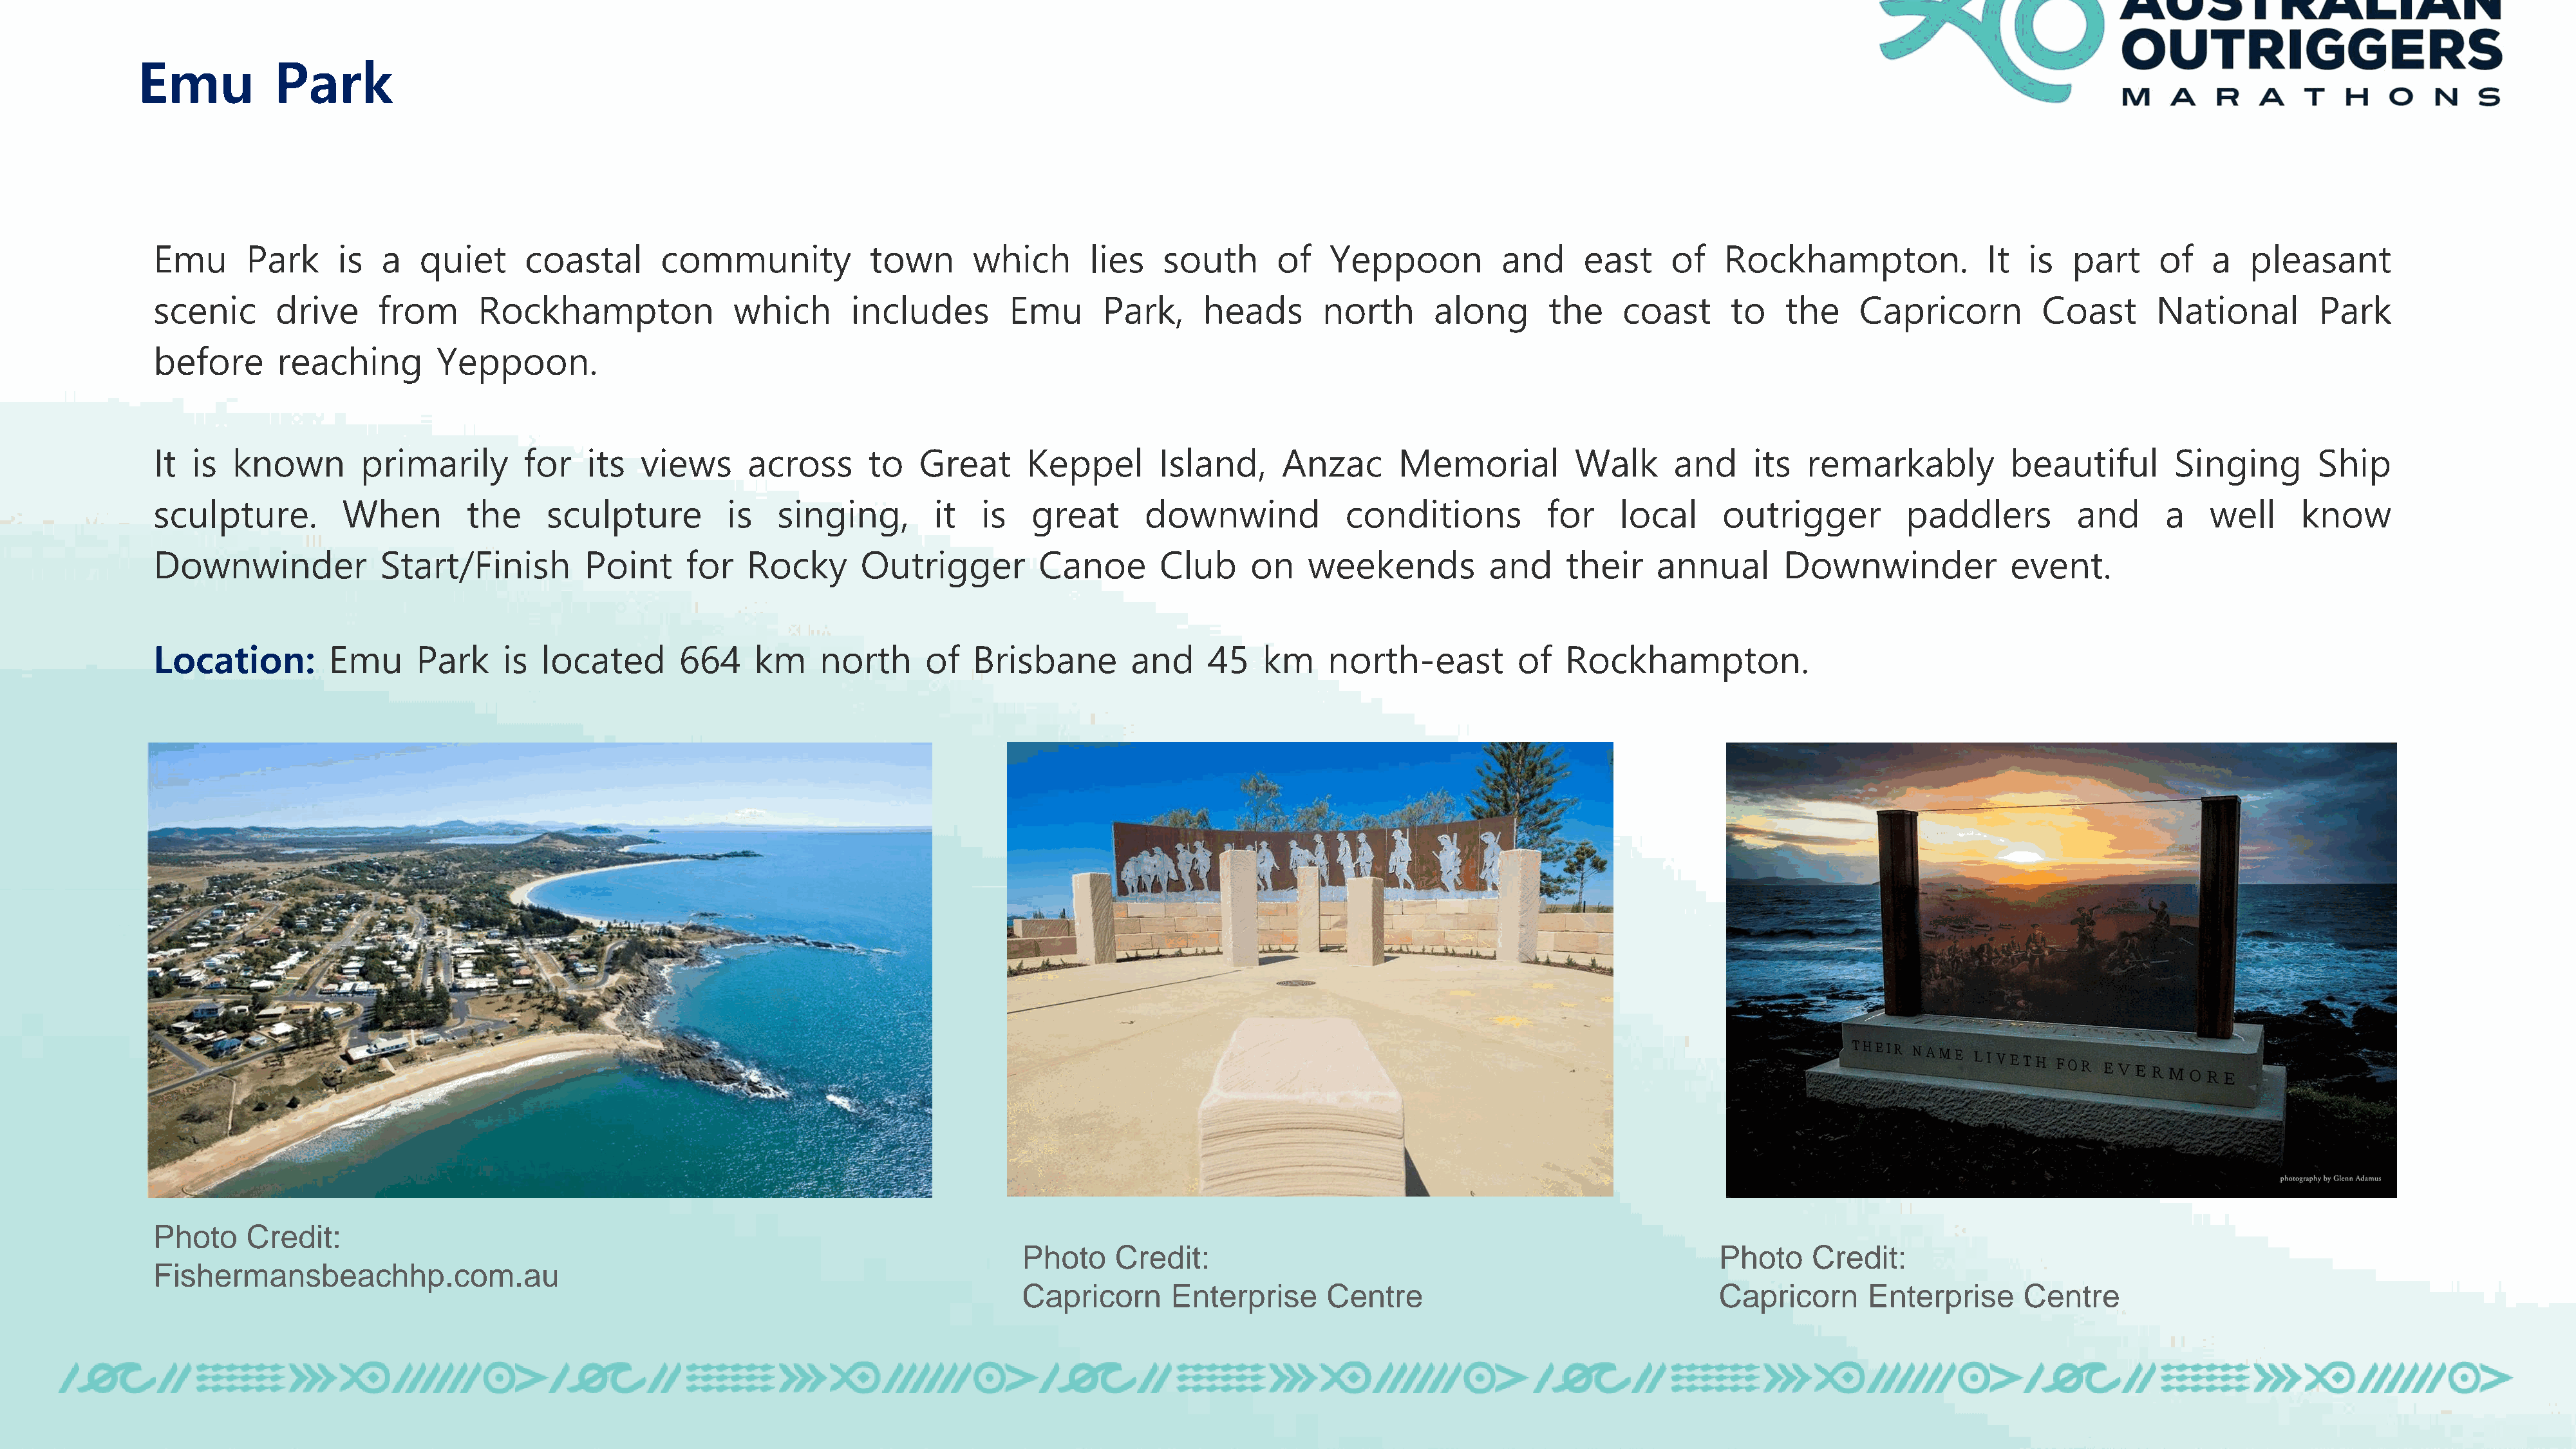
Emu           Park
 Emu      Park      is  a   quiet      coastal       community            town       which       lies    south      of    Yeppoon          and      east     of   Rockhampton.               It  is   part     of   a   pleasant
 scenic      drive      from      Rockhampton               which       includes         Emu      Park,      heads       north      along       the     coast      to    the    Capricorn          Coast       National        Park
 before      reaching         Yeppoon.
 It  is  known        primarily        for   its   views      across      to   Great       Keppel       Island,      Anzac       Memorial          Walk      and     its   remarkably           beautiful        Singing       Ship
 sculpture.         When         the     sculpture          is   singing,        it   is   great       downwind            conditions           for    local      outrigger          paddlers         and       a   well      know
 Downwinder             Start/Finish         Point     for    Rocky      Outrigger          Canoe       Club      on   weekends           and     their    annual       Downwinder              event.
 Location:         Emu      Park     is  located       664     km    north      of   Brisbane        and     45    km    north-east          of   Rockhampton.
 Photo    Credit:
 Photo     Credit:                                                       Photo    Credit:
 Fishermansbeachhp.com.au
 Capricorn      Enterprise      Centre                                   Capricorn      Enterprise      Centre